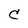
Character: C